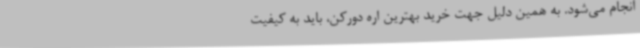
انجام می‌شود. به همین دلیل جهت خرید بهترین اره دورکن، باید به کیفیت